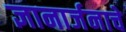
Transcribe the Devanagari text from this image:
ज्ञानार्जनाचे